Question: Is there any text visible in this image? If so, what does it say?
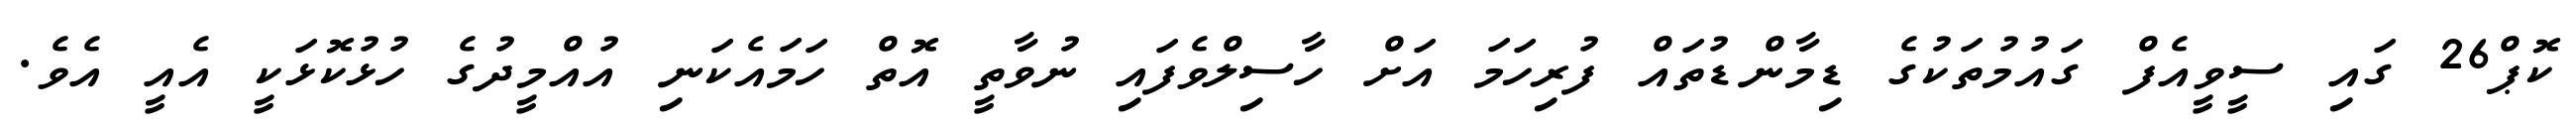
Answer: ކޮޕް26 ގައި ސީވީއެފް ގައުމުތަކުގެ ޑިމާންޑުތައް ފުރިހަމަ އަށް ހާސިލްވެފައި ނުވާތީ އޮތް ހަމައެކަނި އުއްމީދުގެ ހުޅުކޮޅަކީ އެއީ އެވެ.